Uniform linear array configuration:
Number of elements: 4
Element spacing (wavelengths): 1
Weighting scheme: kaiser
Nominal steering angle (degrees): -45
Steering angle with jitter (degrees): -46.188
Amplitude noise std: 0.05
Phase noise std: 0.05

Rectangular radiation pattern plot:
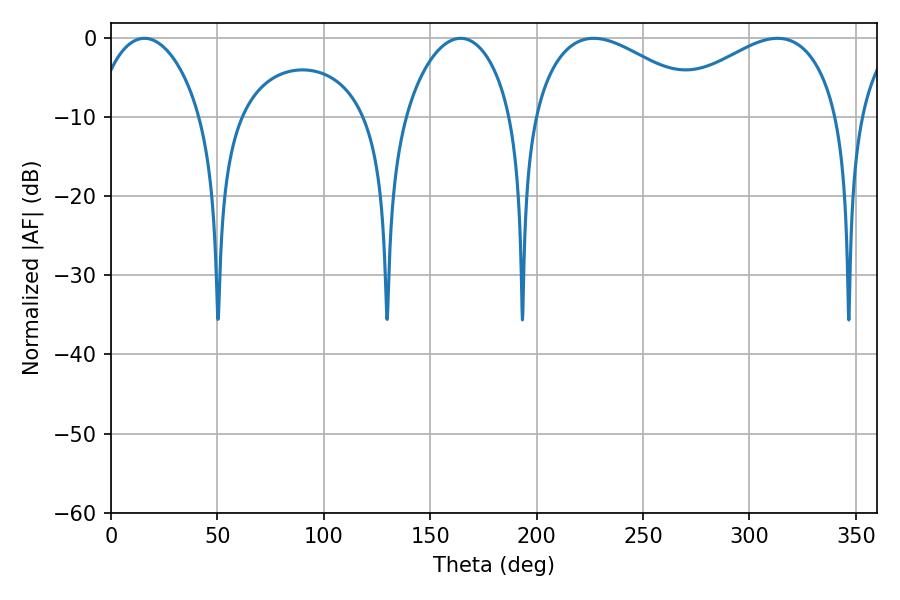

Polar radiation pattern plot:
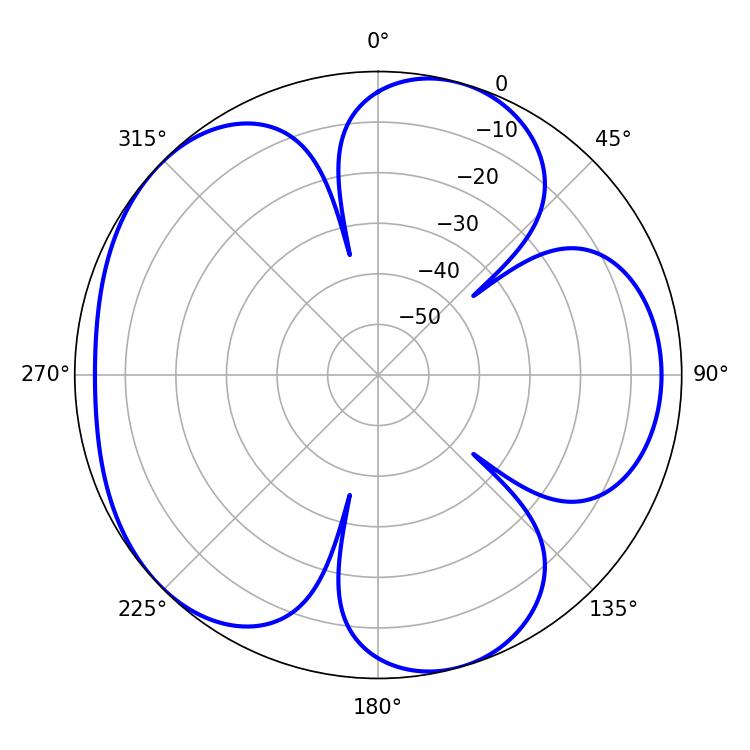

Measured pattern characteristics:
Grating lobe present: TRUE
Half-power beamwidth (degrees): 45.72
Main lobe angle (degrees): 226.8